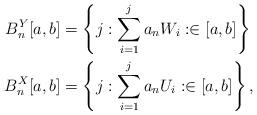
LaTeX: \begin{align*}B_{n}^{Y}[a,b] & =\left\{ j:\sum_{i=1}^{j}a_{n}W_{i}:\in[a,b]\right\} \\B_{n}^{X}[a,b] & =\left\{ j:\sum_{i=1}^{j}a_{n}U_{i}:\in[a,b]\right\} ,\end{align*}